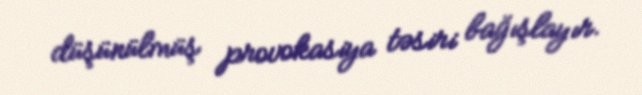
düşünülmüş provokasiya təsiri bağışlayır.